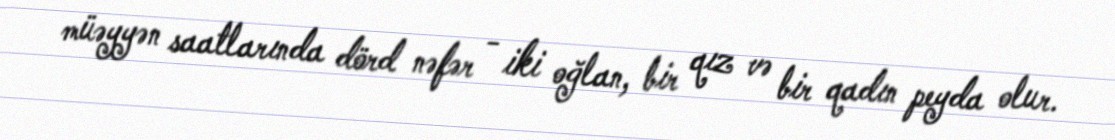
müəyyən saatlarında dörd nəfər - iki oğlan, bir qız və bir qadın peyda olur.